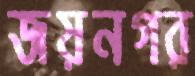
জয়নগর